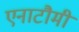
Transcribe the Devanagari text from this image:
एनाटौमी